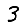
Digit: 3